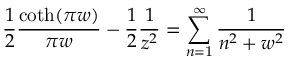
{ \frac { 1 } { 2 } } { \frac { \coth ( \pi w ) } { \pi w } } - { \frac { 1 } { 2 } } { \frac { 1 } { z ^ { 2 } } } = \sum _ { n = 1 } ^ { \infty } { \frac { 1 } { n ^ { 2 } + w ^ { 2 } } }